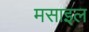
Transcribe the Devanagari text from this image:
मसाइल